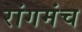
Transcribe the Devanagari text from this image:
रांगमंच